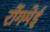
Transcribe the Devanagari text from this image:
रोंगमेई